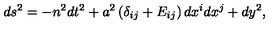
d s ^ { 2 } = - n ^ { 2 } d t ^ { 2 } + a ^ { 2 } \left( \delta _ { i j } + E _ { i j } \right) d x ^ { i } d x ^ { j } + d y ^ { 2 } ,